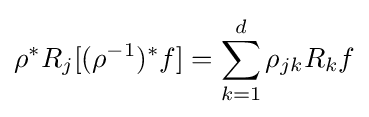
\rho ^{*}R_{j}[(\rho ^{-1})^{*}f]=\sum _{k=1}^{d}\rho _{jk}R_{k}f